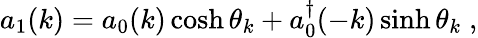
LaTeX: a_{1}(k)=a_{0}(k)\cosh\theta_{k}+a_{0}^{\dagger}(-k)\sinh\theta_{k}\; ,